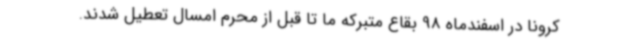
کرونا در اسفندماه 98 بقاع متبرکه ما تا قبل از محرم امسال تعطیل شدند.